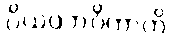
ပိယပ္ပဘဝိကာတိ